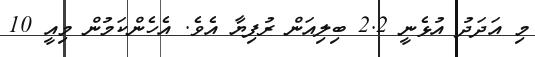
މި އަދަދު އުޅެނީ 2.2 ބިލިއަން ރުފިޔާ އެވެ. އެހެންކަމުން މިއީ 10